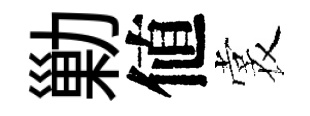
勦値裳